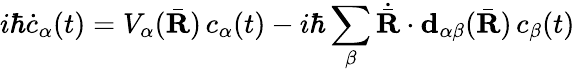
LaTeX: i\hbar\dot{c}_{\alpha}(t)=V_{\alpha}(\bar{\textbf{R}})\, c_{\alpha}(t)-i\hbar\sum_{\beta}\dot{\bar{\textbf{R}}}\cdot\textbf{d}_{\alpha\beta}(\bar{\textbf{R}})\, c_{\beta}(t)